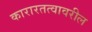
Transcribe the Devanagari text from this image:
कारारतत्वावरील